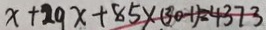
x + 2 9 x + 8 5 \times ( 3 0 - 1 ) = 4 3 7 3